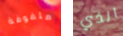
ملفوفة الذي